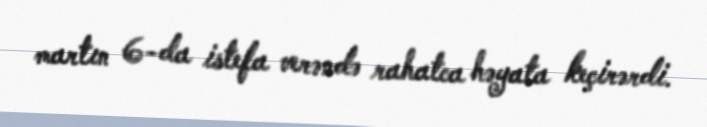
martın 6-da istefa verəndə rahatca həyata keçirərdi.